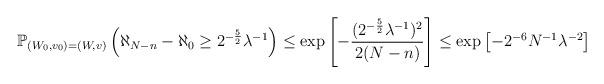
LaTeX: \begin{align*}\mathbb{P}_{(W_0,v_0)=(W,v)}\left(\aleph_{N-n}-\aleph_{0}\geq 2^{-\frac{5}{2}}\lambda^{-1}\right)\leq\exp\left[-\frac{(2^{-\frac{5}{2}}\lambda^{-1})^2}{2(N-n)}\right]\leq\exp\left[-2^{-6}N^{-1}\lambda^{-2}\right]\end{align*}